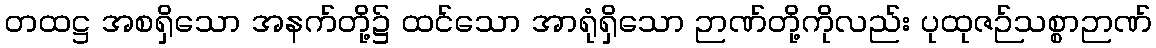
တထဋ္ဌ အစရှိသော အနက်တို့၌ ထင်သော အာရုံရှိသော ဉာဏ်တို့ကိုလည်း ပုထုဇဉ်သစ္စာဉာဏ်